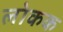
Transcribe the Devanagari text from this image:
लोकक